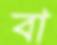
বা